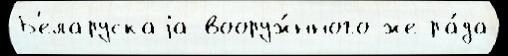
Б'еларускаjа вооруж́нного же ра́да